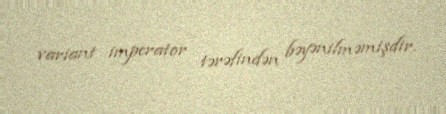
variant imperator tərəfindən bəyənilməmişdir.